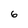
Character: 6